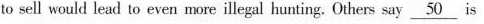
to sell would lead to even more illegal hunting. Others say \underline{50} is